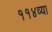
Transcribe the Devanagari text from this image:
११४व्या